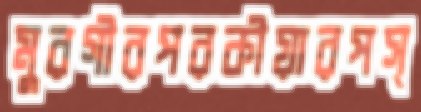
মুরগীরপরকীয়ারপস্